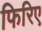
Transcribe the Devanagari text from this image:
फिरिए